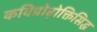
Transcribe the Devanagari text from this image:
कविप्रोढ़ोक्तिसिद्ध